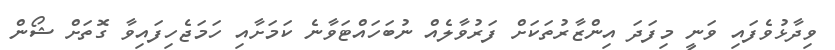
ވިދާޅުވެފައި ވަނީ މިފަދަ އިންޒާރުތަކަށް ފަރުވާލެއް ނުބަހައްޓަވާނެ ކަމަށާއި ހަމަޖެހިފައިވާ ގޮތަށް ޝޯން